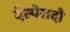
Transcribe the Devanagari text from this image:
देस्पेरादो